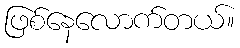
ဖြစ်နေလောက်တယ်။